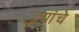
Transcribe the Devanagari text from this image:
त्यांंचेे